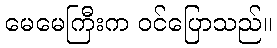
မေမေကြီးက ဝင်ပြောသည်။